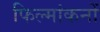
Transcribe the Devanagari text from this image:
फिल्मांकनों